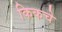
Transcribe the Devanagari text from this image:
किकचे